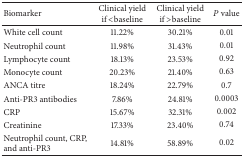
<table><thead><tr><td><b>Biomarker</b></td><td><b>Clinical yield if &lt;baseline</b></td><td><b>Clinical yield if &gt;baseline</b></td><td><b><i>P</i> value</b></td></tr></thead><tbody><tr><td>White cell count</td><td>11.22%</td><td>30.21%</td><td>0.01</td></tr><tr><td>Neutrophil count</td><td>11.98%</td><td>31.43%</td><td>0.01</td></tr><tr><td>Lymphocyte count</td><td>18.13%</td><td>23.53%</td><td>0.92</td></tr><tr><td>Monocyte count</td><td>20.23%</td><td>21.40%</td><td>0.63</td></tr><tr><td>ANCA titre</td><td>18.24%</td><td>22.79%</td><td>0.7</td></tr><tr><td>Anti-PR3 antibodies</td><td>7.86%</td><td>24.81%</td><td>0.0003</td></tr><tr><td>CRP</td><td>15.67%</td><td>32.31%</td><td>0.002</td></tr><tr><td>Creatinine</td><td>17.33%</td><td>23.40%</td><td>0.74</td></tr><tr><td>Neutrophil count, CRP, and anti-PR3</td><td>14.81%</td><td>58.89%</td><td>0.02</td></tr></tbody></table>